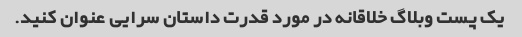
یک پست وبلاگ خلاقانه در مورد قدرت داستان سرایی عنوان کنید.